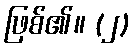
ဖြစ်၏။ (၂)